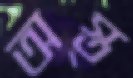
অস্ত্